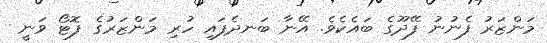
މަންޒަރު ފެނުނު ފޭދޫގެ ބައެކެވެ. އޭނާ ބަނދެފައި ހުރި މަންޒަރުގެ ފޮޓޯ ވަނީ